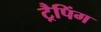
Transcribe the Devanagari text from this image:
ट्रैपिंग